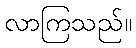
လာကြသည်။